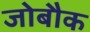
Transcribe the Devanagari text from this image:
जोबौक